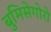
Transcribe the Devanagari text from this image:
बुमिसेगोरो